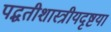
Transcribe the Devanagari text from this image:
पद्धतीशास्त्रीयदृष्टया